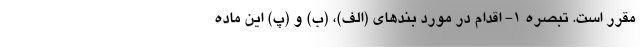
مقرر است. تبصره ۱- اقدام در مورد بندهای (الف)، (ب) و (پ) این ماده